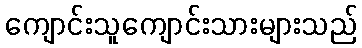
ကျောင်းသူကျောင်းသားများသည်